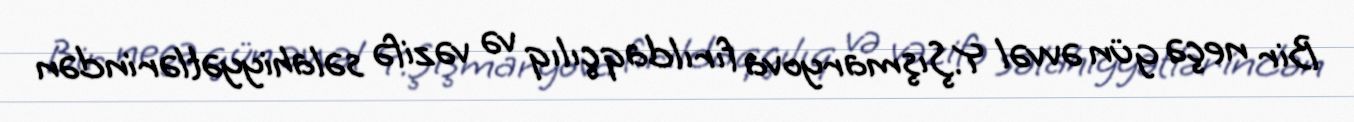
Bir neçə gün əvvəl Y.Şışmaryova fırıldaqçılıq və vəzifə səlahiyyətlərindən